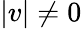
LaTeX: |v|\neq 0